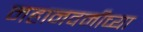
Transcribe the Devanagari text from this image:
महानवमीच्या